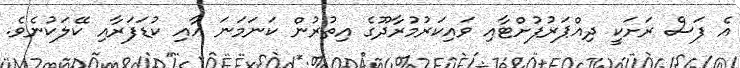
އެ ފަސް ރަށަކީ ދިއްޕަރުފުށްޓާއި ވައިކަރުމުރާދޫގެ އިތުރުން ކަނަމަނަ އާއި ކުޑަފަރާއި ކޭލަކުނެވެ.